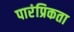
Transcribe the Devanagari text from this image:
पारंप्रिकता